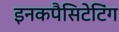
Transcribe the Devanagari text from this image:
इनकपैसिटेटिंग